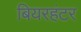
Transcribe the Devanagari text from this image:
बियरहंटर